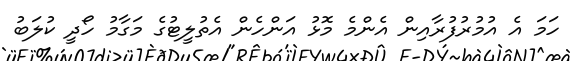
ހަމަ އެ އުމުރުފުރާއިން އެންމެ މޮޅު އަންހެން އެތުލީޓުގެ މަގާމު ހޯދީ ކުލަބު